Bréfritari: Jakobína Jónsdóttir
Viðtakandi: Sólveig Jónsdóttir
Dagsetning: A-1880-11-28
Skrifað á: Bessastöðum  Gull.
systir bréfviðtakanda

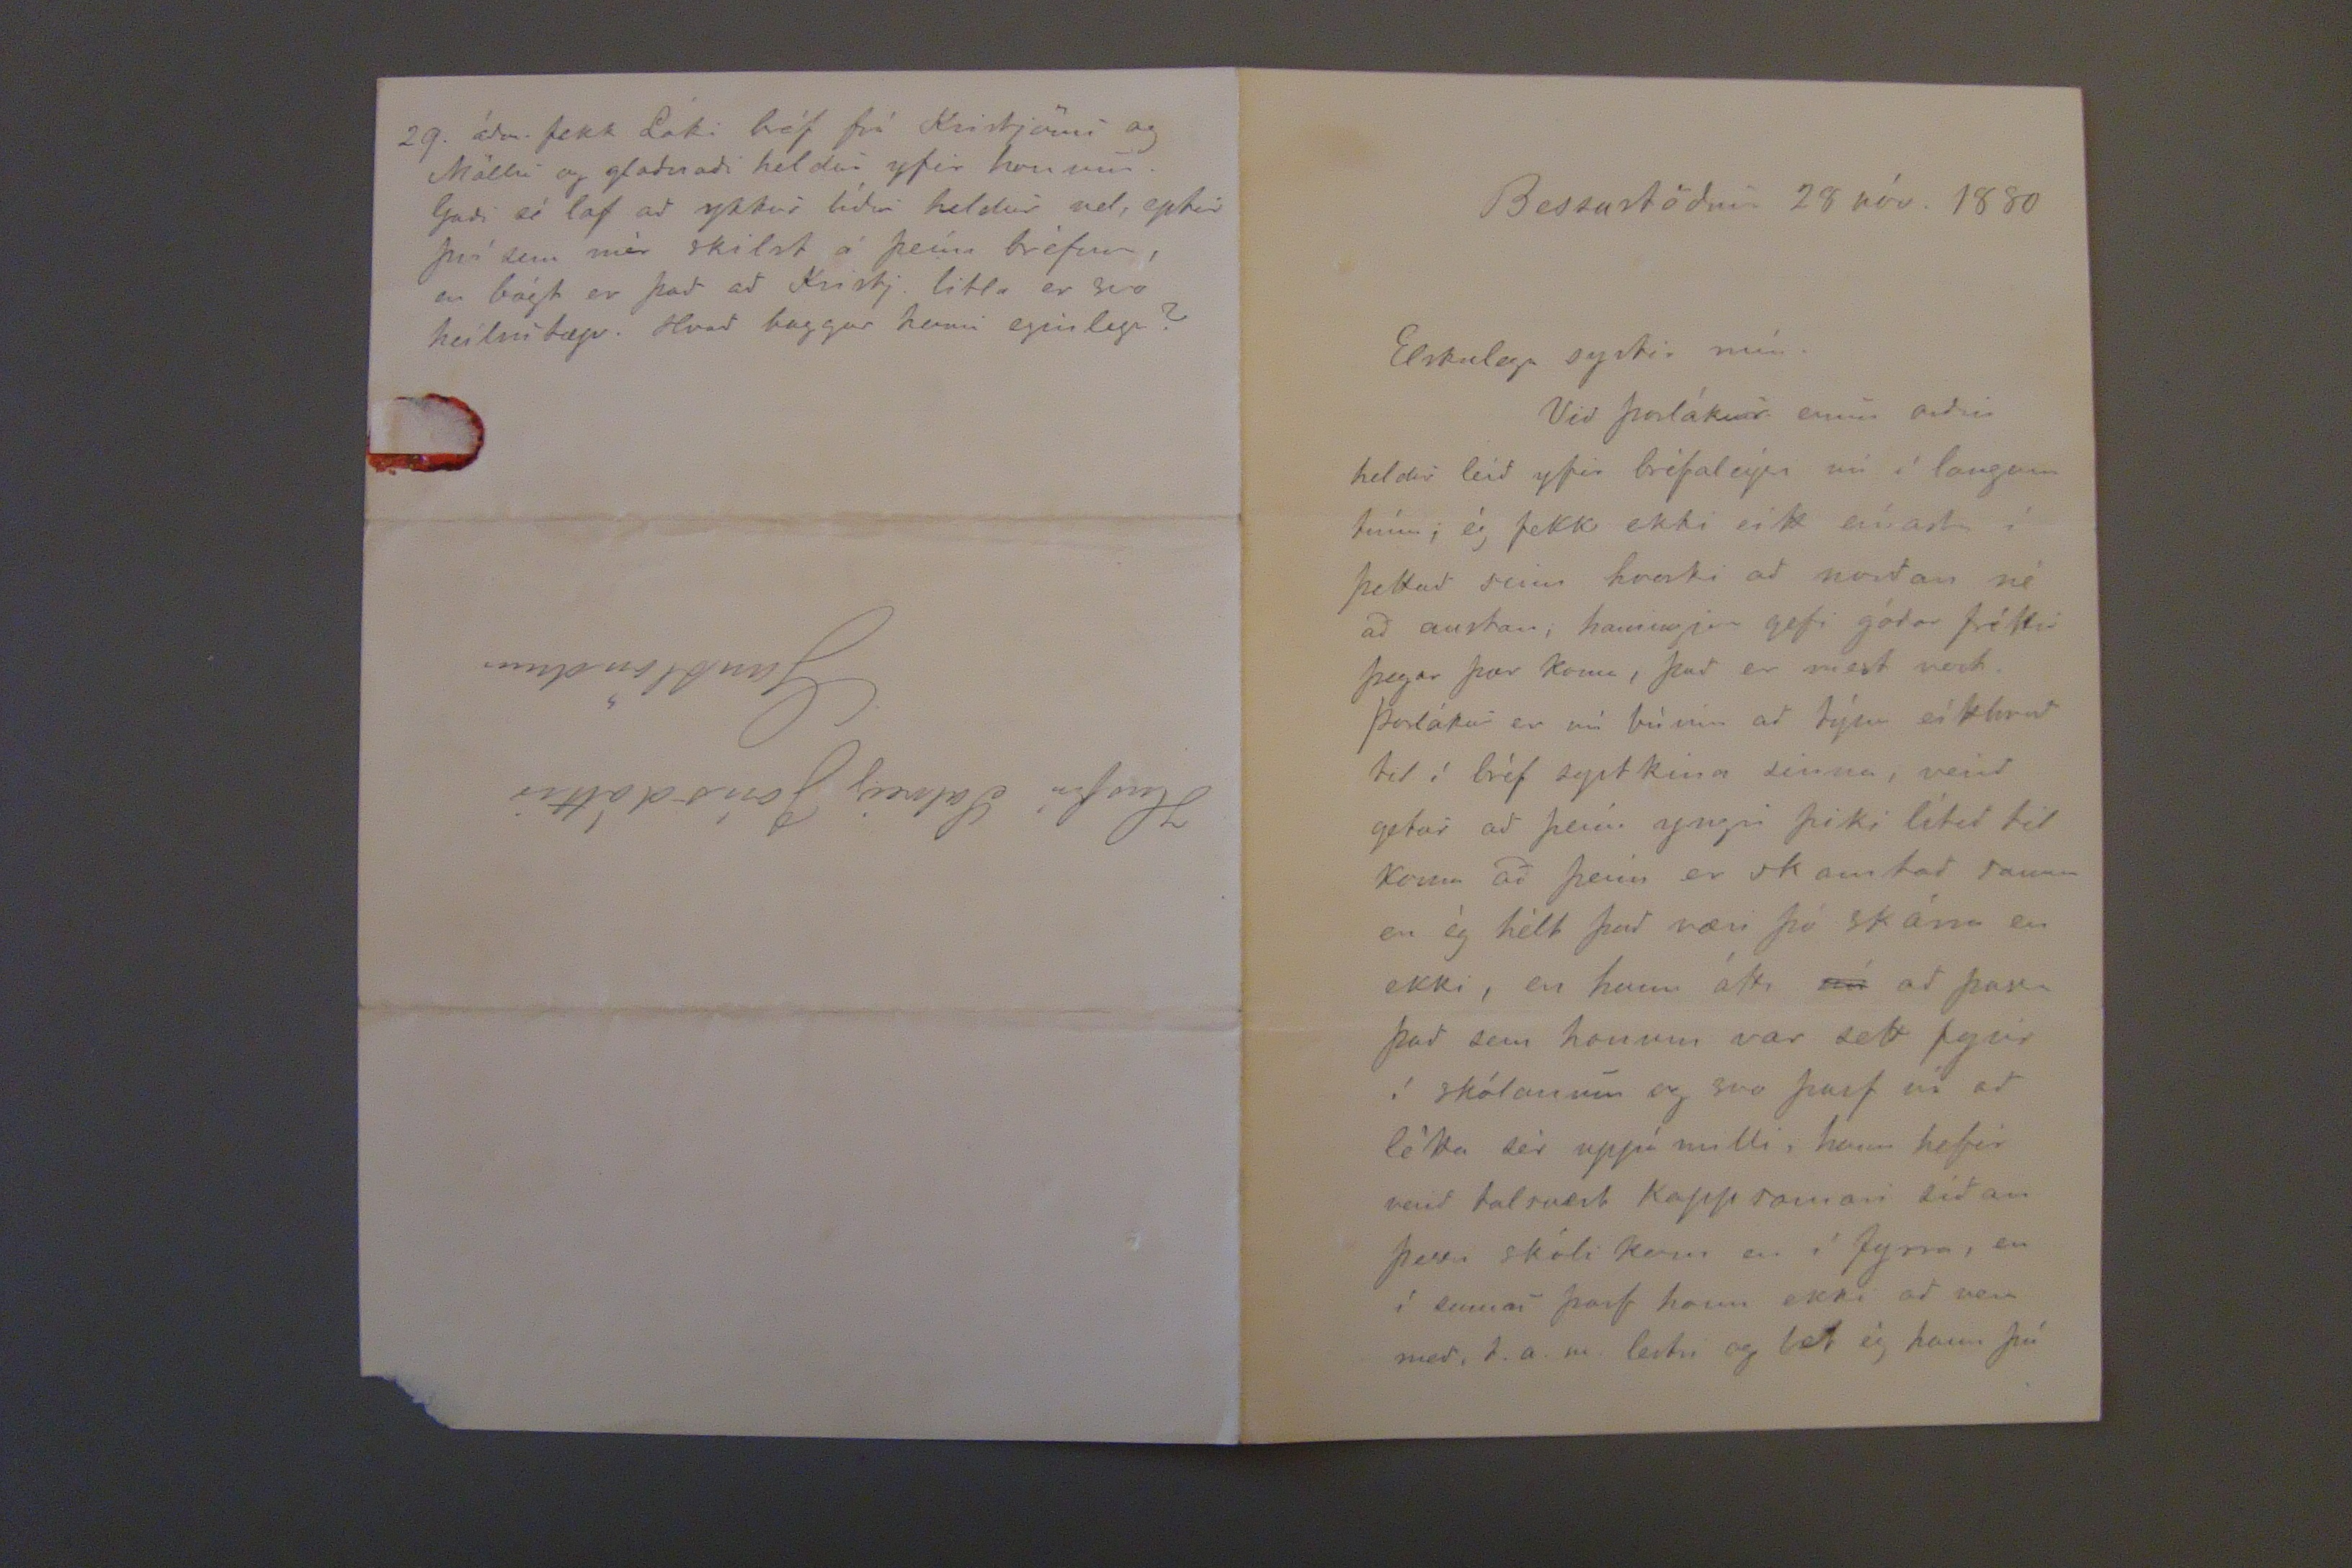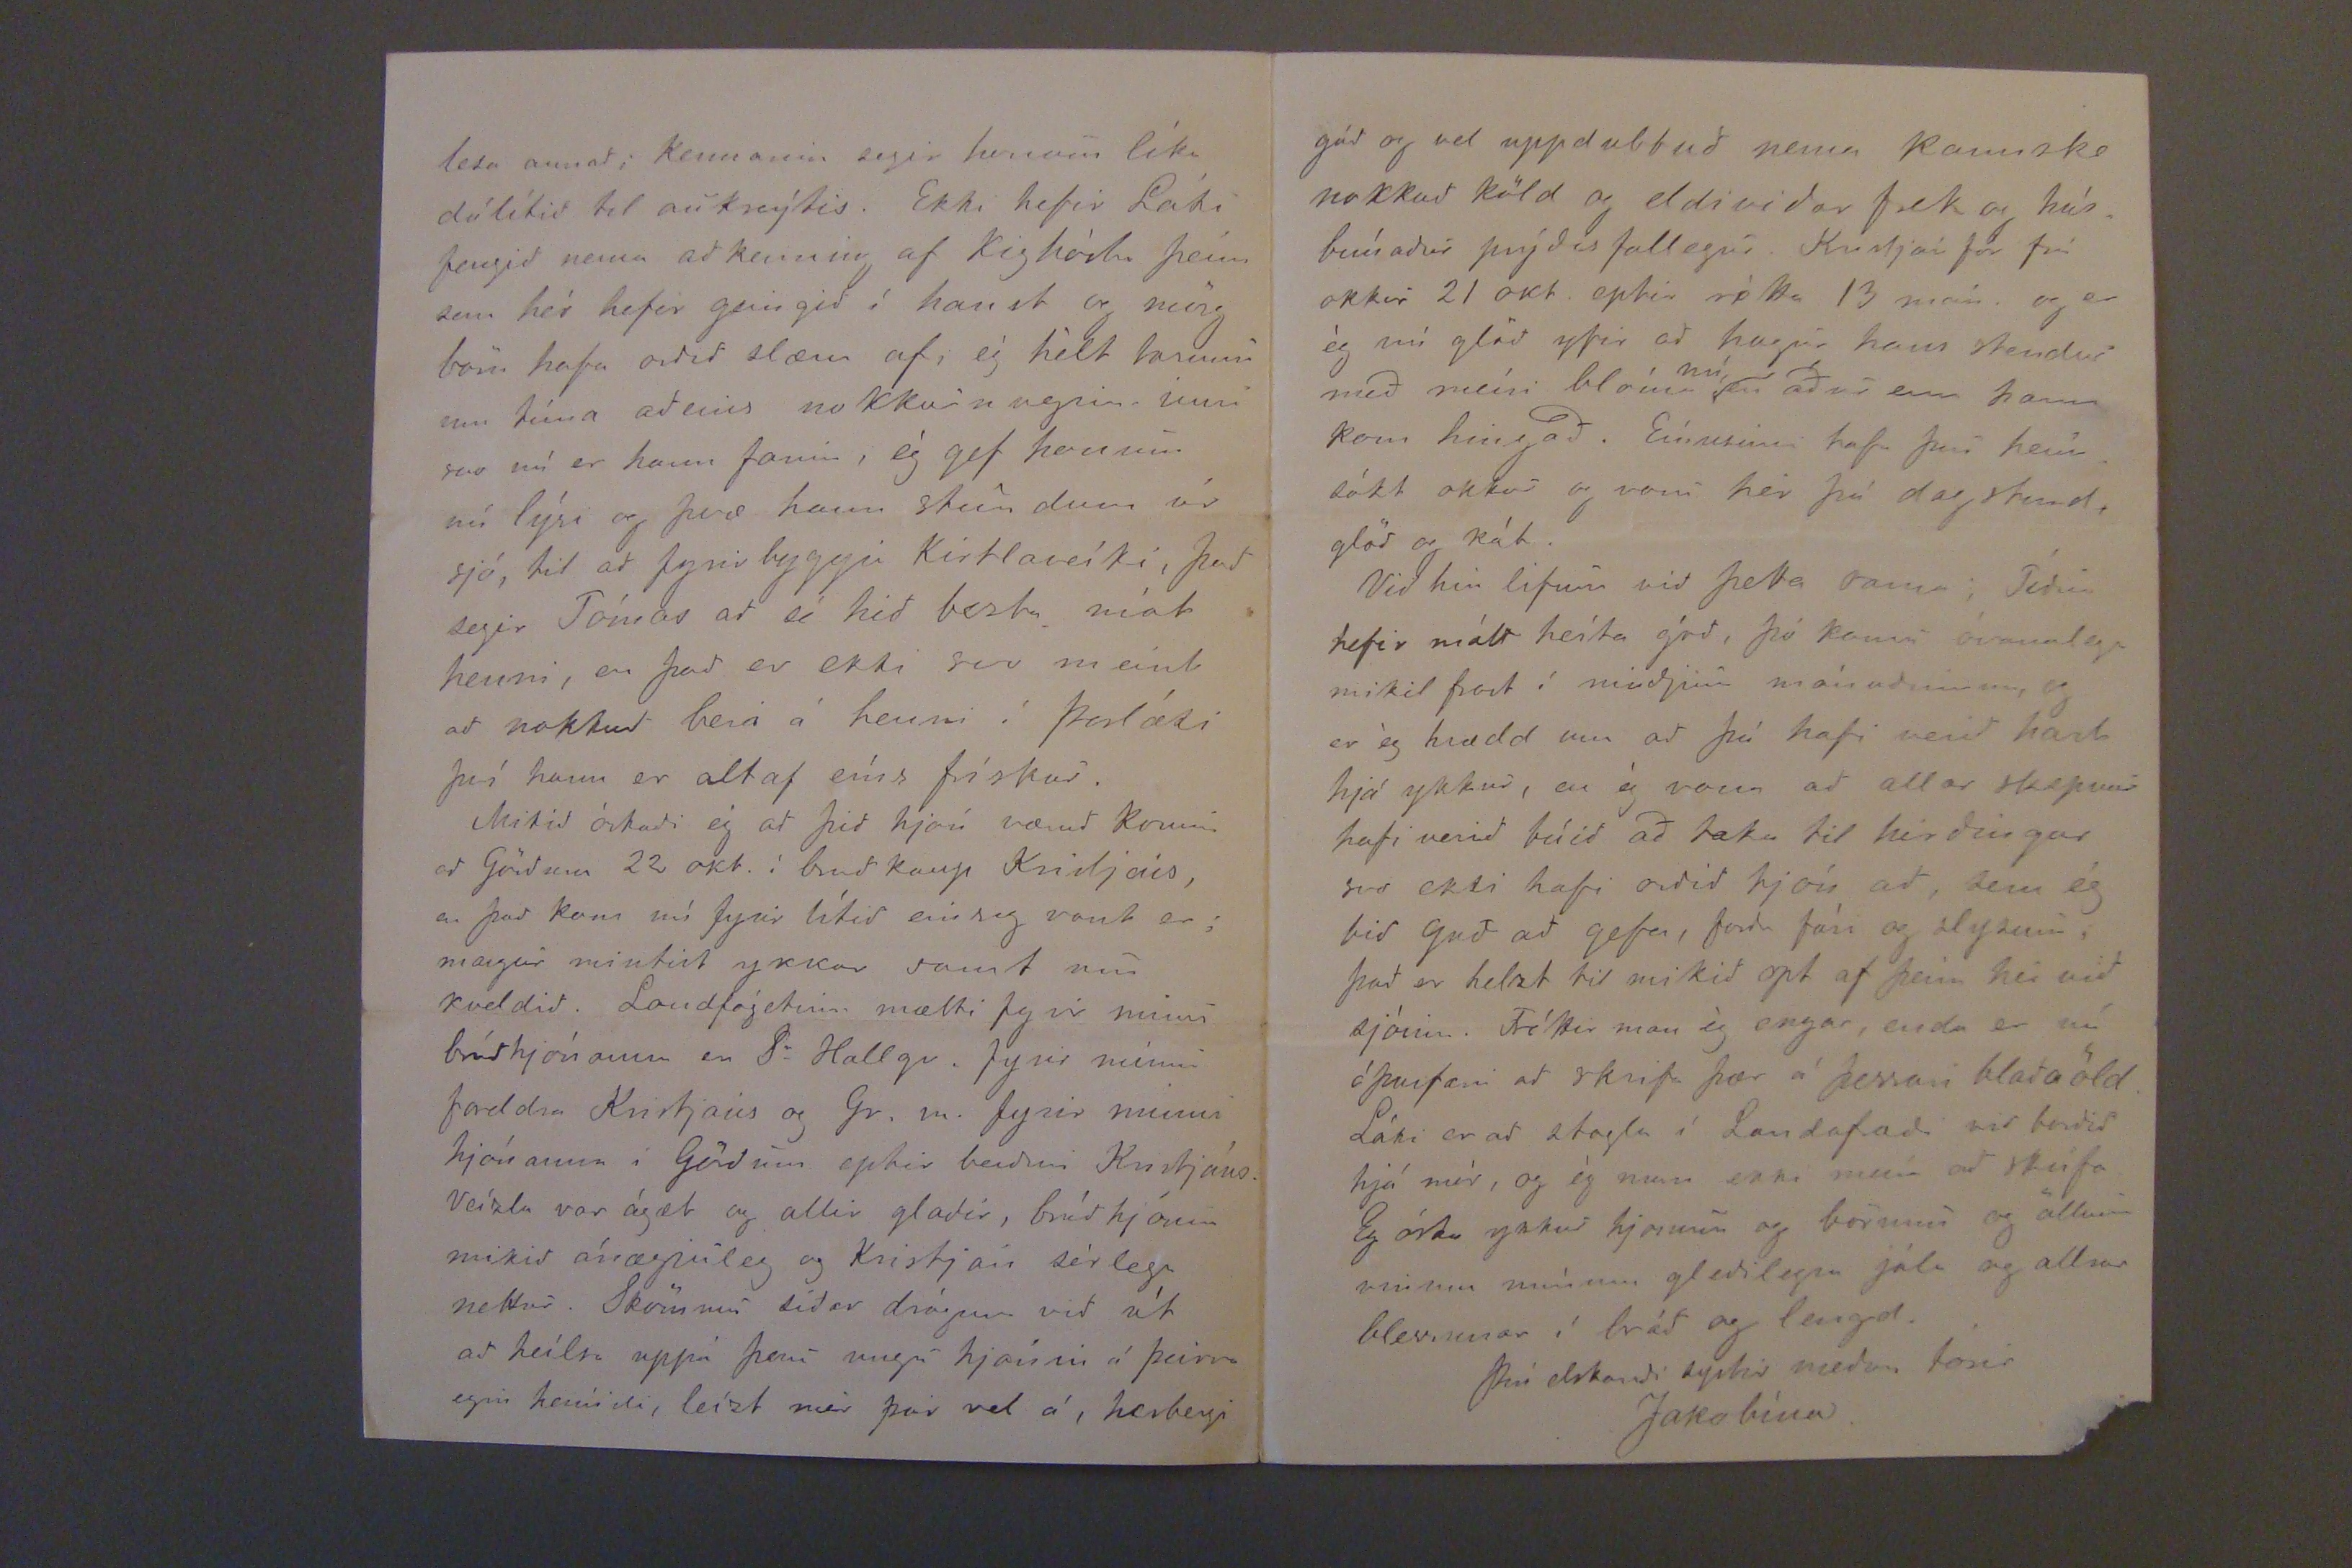

Bessastöðum 28 nóv. 1880
Elskulega systir mín.
Við Þorlákur erum orðin heldur leið yfir bréfaleýsi nú í langann tíma; ég fekk ekki eítt eínast í þettað sinn hvorki að norðan né að austan; hamingjan gefi góðar fréttir þegar þær koma, það er mest vert. Þorlákur er nú búinn að týna eítthvað til í bréf systkina sinna, verið hetur að þeím yngri þiki lítið til koma að þeim er skamtað sama en ég hélt það væri þó skárra en ekki, en hann átti
nú
að passa það sem honum var sett fyrir í skólanum og svo þarf nú að létta sér uppá milli, hann hefir verið talsvert kappsamari síðan þessi skóli kom en í fyrra, en í sumar þarf hann ekki að vera með, t.a.m. lestri og let ég hann þá
lesa annað; kennarinn segir honum líka dálítið til auknýtis. Ekki hefir Láki fengið nema að kenning af Kighósta þeím sem hér hefir geingið í haust og mörg börn hafa ordid slæm af; ég hélt losnar um tíma aðeins nokkurnvegin inni svo nú er hann farin, ég hef honum nú lýsi og þvæ hann stundum úr sjó, til að fyrir byggja Kirtlaveíki, það segir Tómas að sé hið bezta mót henni, en það er ekki svo meint að nokkur beri á henni í Þorláki því hann er altaf eíns frískur.
Mikið óskaði ég að þið hjón væruð komin ad Görðum 22 okt. í bruðkaup Kristjáns, en það kom nú fyrir lítið einsog vant er; margur mintist ykkar samt um kveldið. Landfógetinn mætti fyrir minni brúðhjónanna en Sr Hallgr. fyrir minni foreldra Kristjans og Gr. m. fyrir minni hjónanna í Görðum eptir beiðni Kristjáns. Veízla var ágæt og allir glaði, brúðhjónin mikið ánægjuleg og Kristján sérlega nettur. Skömmu síðar drógum við út að heílsa uppá ungu hjónin á þeirra egin heímili, leízt mér þar vel á, herbergi
29. áðan fekk Láki bréf frá Kristjönu og Möllu og glaðnaði heldur yfir honum. Guði sé lof að ykkur líður heldur vel, eptir því sem mér skilst á þeím bréfum, en bágt er það að Kristj. litla er svo heilsutæp. Hvað baggar henni eginlega?
Húsfrú Solveig Jónsdóttir
Gautlöndum
góð og vel uppdubbuð nema kannske nokkuð köld og eldiviðar frek og húsbúnaður prýðis fallegur. Kristján fór frá okkur 21 okt. eptir rétta 13 man. og er ég nú glöð yfir að hugur hans stendur með meiri blóma
nú
en áður enn hann kom hingað. Einusinni hafa þau heimsókt okkur og voru hér þá dagstund, glöð og kát.
Við hin lifum við þetta sama; Tíðin hefir mátt heíta góð, þó koma óvanalega mikil frost í miðjum mánuðinum, og er ég hrædd um að þú hafi verið hart hjá ykkur, en ég vona að allar skepnur hafi verið búið að taka til hirðingar svo ekki hafi orðið tjón að, sem ég bið Guð að gefa, forda fúsi og slysum; það er helzt til mikið opt af þeim hér við sjóinn. Fréttir man ég engar, enda er nú óþurfari að skrifa þær á þessari blaðaöld. Láki er að stagla í Landafræði við vorðið hjá mér, og ég man ekki meíra að skrifa. Eg óska ykkur hjonum og börnum og öllum vinum mínum gleðilegra jóla og allrar blessunar í bráð og lengd.
Þín elskandi systir meðan torir
Jakobína.